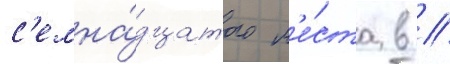
с'емна́дцатого м'е́ста в //